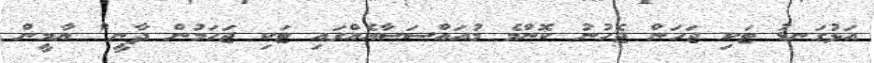
އަޅުގަނޑު ޓަކި ޖަހަން ޖެހުނު ކޮންމެ މުއައްސަސާއެއްގައި ޓަކި ޖަހަމުން ދާނީ" ޔާމީން